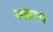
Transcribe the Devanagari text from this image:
अक़रम